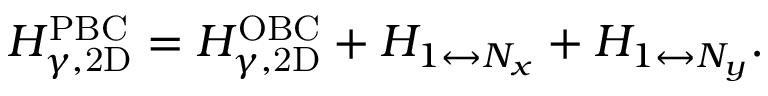
\begin{array} { r } { H _ { \gamma , \mathrm { 2 D } } ^ { \mathrm { P B C } } = H _ { \gamma , \mathrm { 2 D } } ^ { \mathrm { O B C } } + H _ { 1 \leftrightarrow N _ { x } } + H _ { 1 \leftrightarrow N _ { y } } . } \end{array}